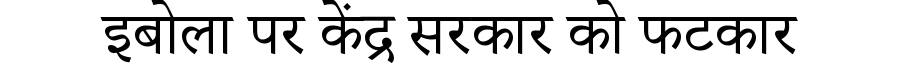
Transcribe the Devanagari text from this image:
इबोला पर केंद्र सरकार को फटकार